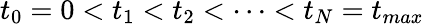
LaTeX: t_{0}=0<t_{1}<t_{2}<\cdots<t_{N}=t_{max}